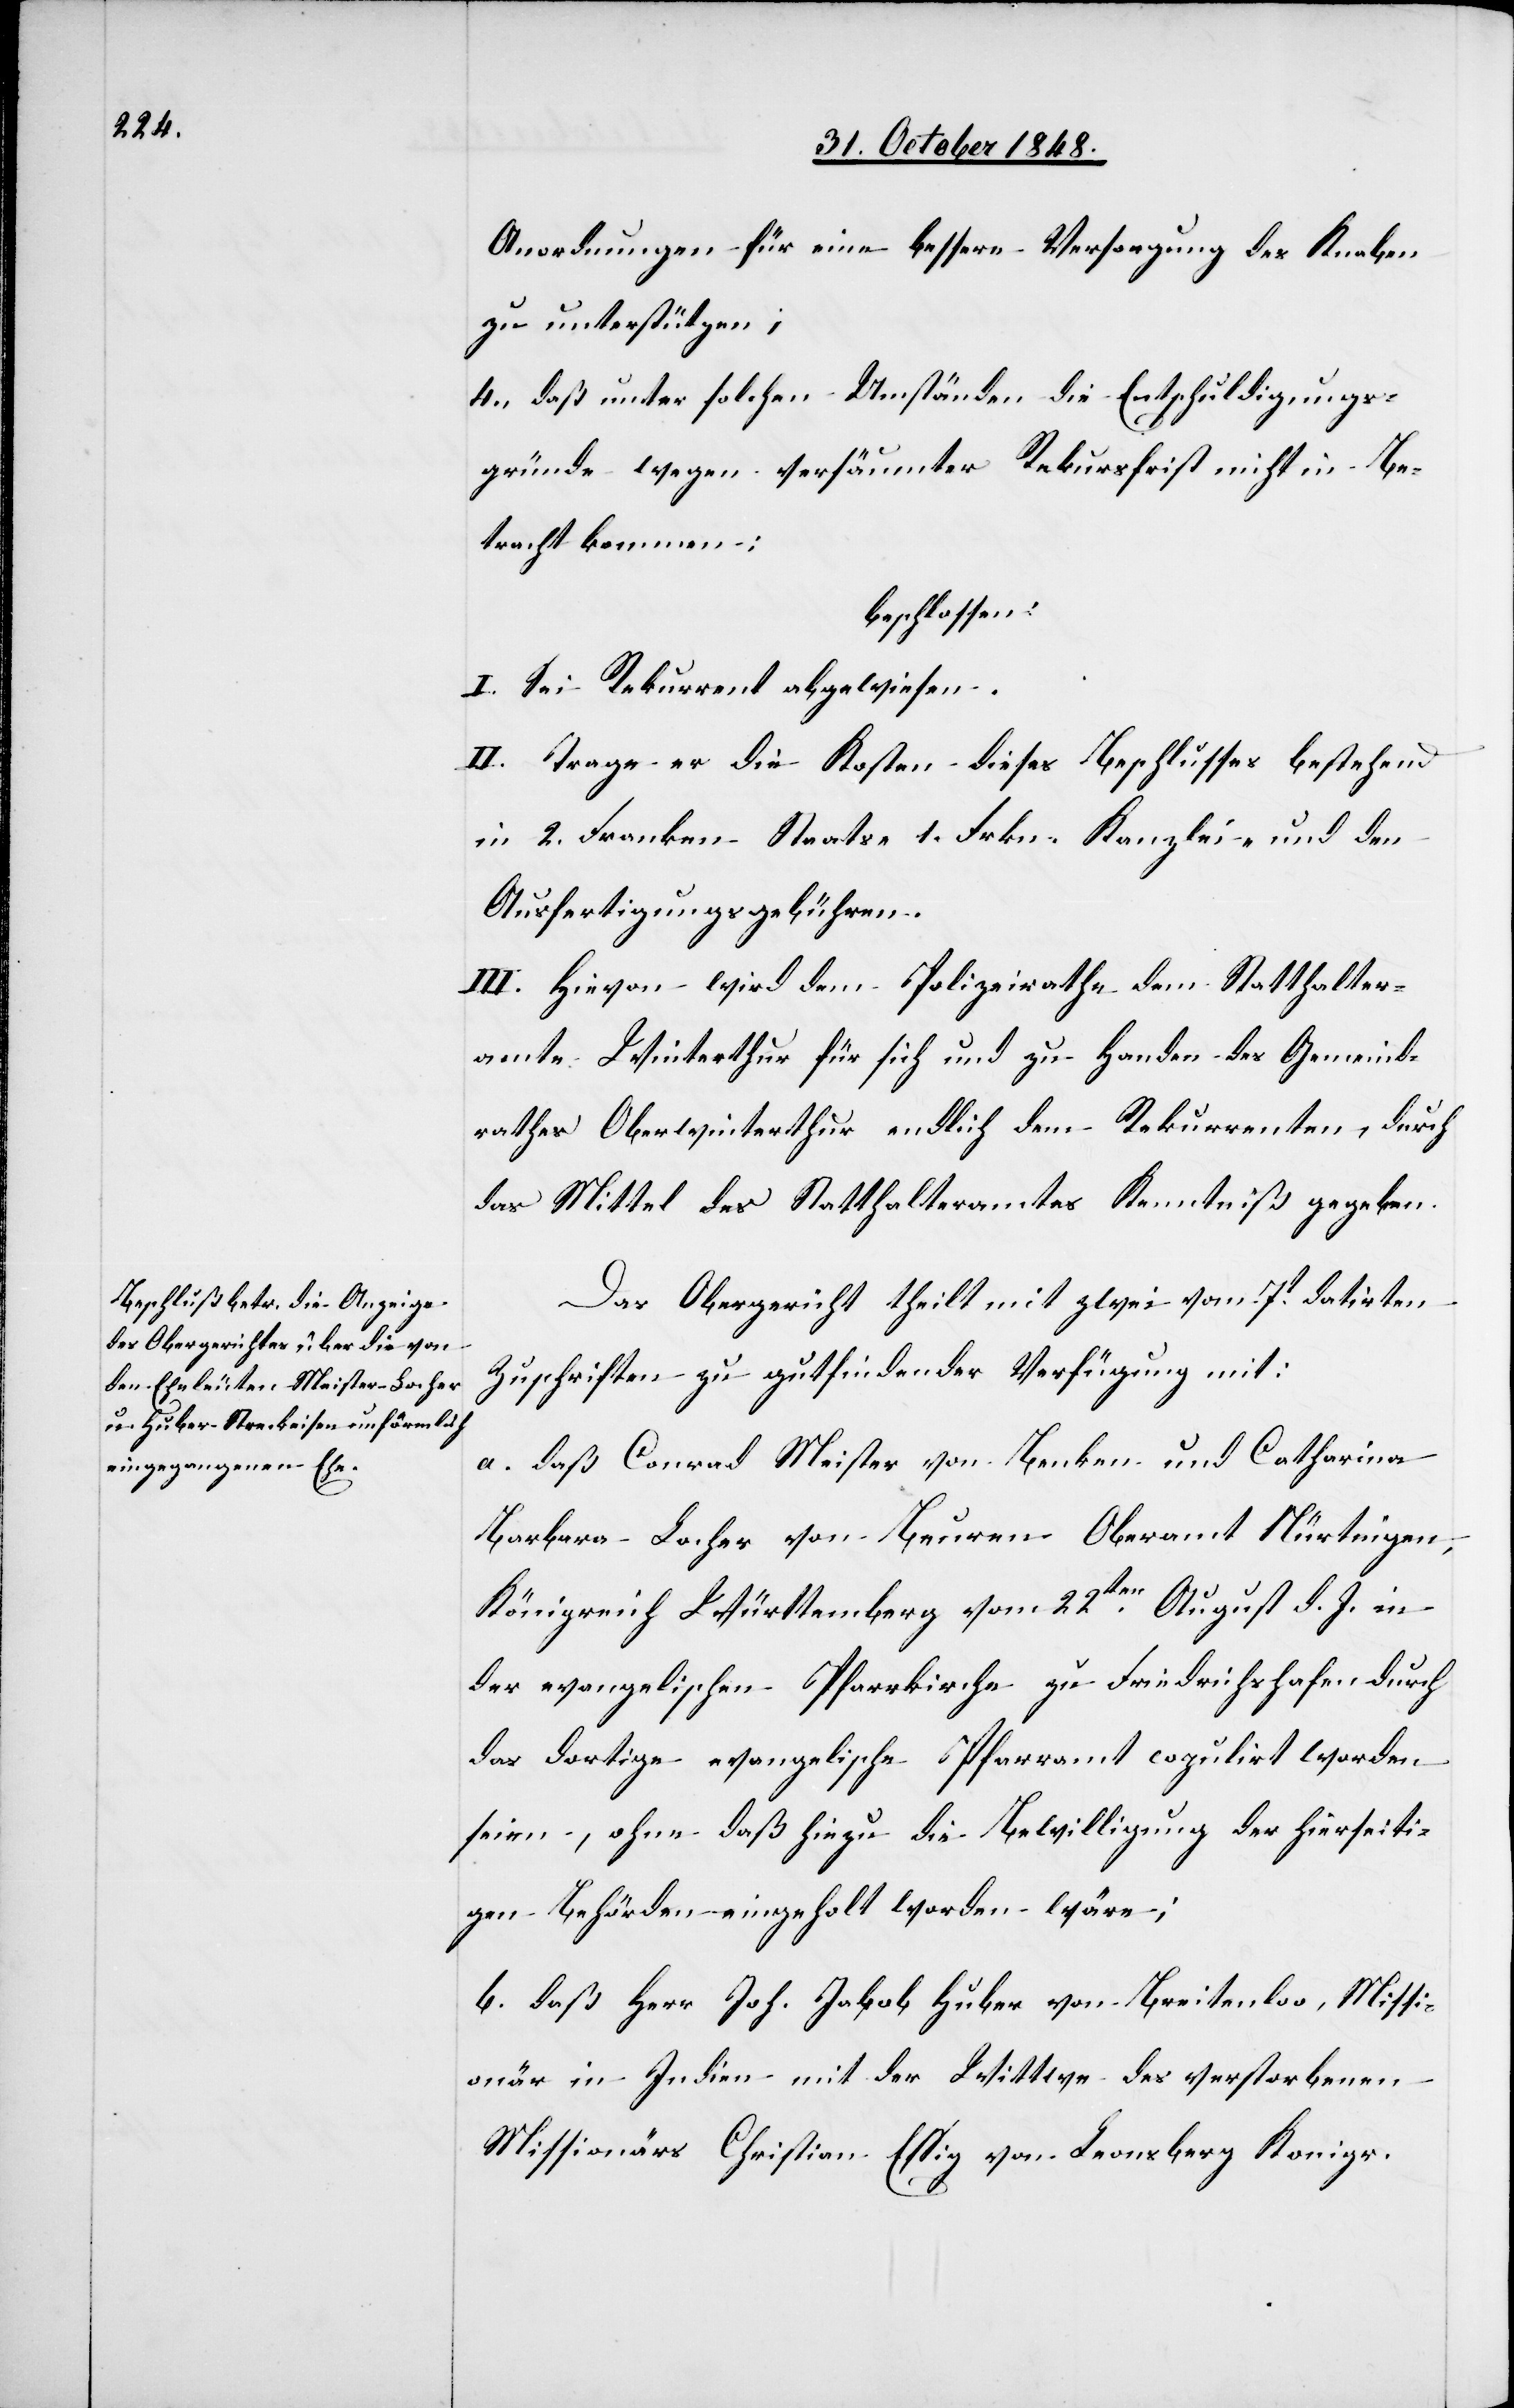
hierseit¬

Anordnungen für eine bessere Versorgung des Knaben
zu unterstützen;
4., daß unter solchen Umständen die Entschuldigungs¬
gründe wegen versäumter Rekursfrist nicht in Be¬
tracht kommen:
beschlossen:
I. Sei Rekurrent abgewiesen.
II. Trage er die Kosten dieses Beschlusses bestehend
in 2. Franken Staats- 1. Frkn. Kanzlei- und den
Ausfertigungsgebühren.
III. Hievon wird dem Polizeirathe, dem Statthalter¬
amte Winterthur für sich und zu Handen des Gemeind¬
rathes Oberwinterthur endlich dem Rekurrenten, durch
das Mittel des Statthalteramtes Kenntniß gegeben.
Das Obergericht theilt mit zwei vom 7t datirten
Zuschriften zu gutfindender Verfügung mit:
a. daß Conrad Meister von Benken und Catharina
Barbara Locher von Beuren Oberamt Nürtnigen
Königreich Württemberg vom 22ten August d. J. in
der evangelischen Pfarrkirche copulirt worden seien,
igen Behörden eingeholt worden wäre;
b. daß Herr Joh. Jakob Huber von Breitenloo, Missi¬
onär in Indien mit der Wittwe des verstorbenen
Missionärs Christian Essig von Leonsberg Konigr.